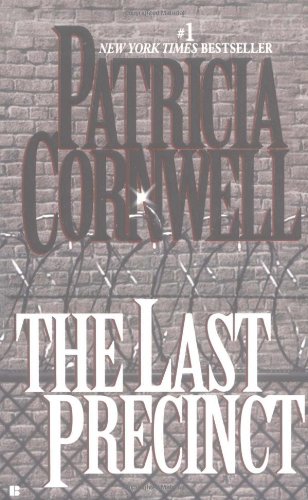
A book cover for The Last Precinct: Scarpetta (Book 11); Patricia Cornwell; Mystery, Thriller & Suspense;